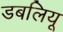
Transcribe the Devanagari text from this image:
डबलियू